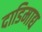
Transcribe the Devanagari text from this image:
दाडिमाद्य